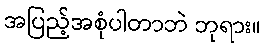
အပြည့်အစုံပါတာဘဲ ဘုရား။